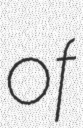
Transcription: of